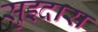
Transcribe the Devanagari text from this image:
सुइदास